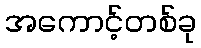
အကောင့်တစ်ခု